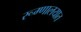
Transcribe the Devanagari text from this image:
रूग्‍णालयात